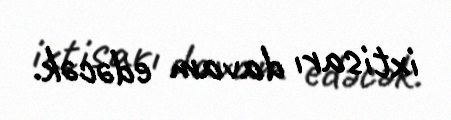
ixtisarı davam edəcək.